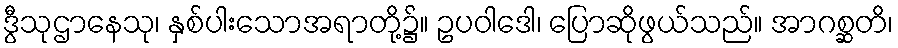
ဒွီသုဌာနေသု၊ နှစ်ပါးသောအရာတို့၌။ ဥပဝါဒေါ၊ ပြောဆိုဖွယ်သည်။ အာဂစ္ဆတိ၊